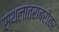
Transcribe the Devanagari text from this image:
स्थलांतराबरोबर